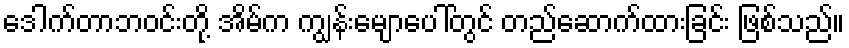
ဒေါက်တာဘဝင်းတို့ အိမ်က ကျွန်းမျောပေါ်တွင် တည်ဆောက်ထားခြင်း ဖြစ်သည်။